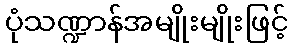
ပုံသဏ္ဍာန်အမျိုးမျိုးဖြင့်